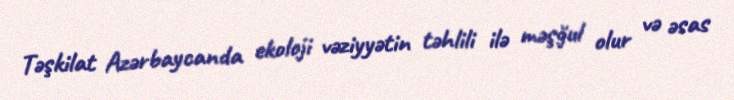
Təşkilat Azərbaycanda ekoloji vəziyyətin təhlili ilə məşğul olur və əsas